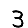
Digit: 3